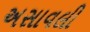
અસાવલી